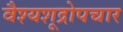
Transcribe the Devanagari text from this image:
वैश्यशूद्रोपचार